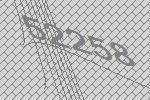
52258